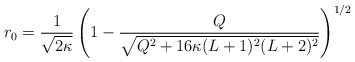
\begin{align*} r_0 = \frac{1}{\sqrt{2\kappa}} \left(1 - \frac{Q}{\sqrt{Q^2 + 16\kappa (L+1)^2 (L+2)^2}}\right)^{1/2}\end{align*}